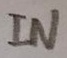
Text: IN